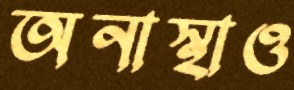
অনাস্থাও